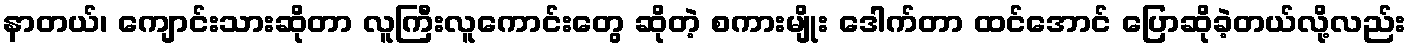
နာတယ်၊ ကျောင်းသားဆိုတာ လူကြီးလူကောင်းတွေ ဆိုတဲ့ စကားမျိုး ဒေါက်တာ ထင်အောင် ပြောဆိုခဲ့တယ်လို့လည်း